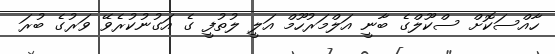
ހާއްސަކޮށް ސްކޫލްގެ ބާނީ އަލްމަރުހޫމް އަލީ ލުތުފީ ގެ އަގުނުކުރެވޭ ވަރުގެ ބުރަ